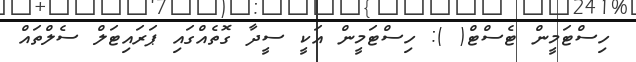
ހިސްޓަމީން ޓެސްޓް( ): ހިސްޓަމީން އަކީ ސީދާ ގޮތެއްގައި ޕަރައިޓަލް ސެލްތައް